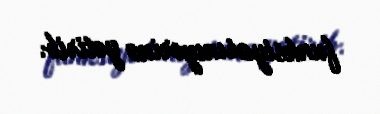
funksiyasınıyerinə yetirib.